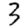
Digit: 3